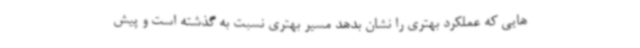
هایی که عملکرد بهتری را نشان بدهد مسیر بهتری نسبت به گذشته است و پیش